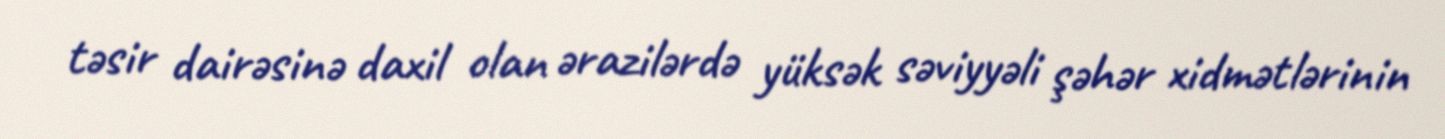
təsir dairəsinə daxil olan ərazilərdə yüksək səviyyəli şəhər xidmətlərinin